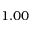
1 . 0 0